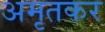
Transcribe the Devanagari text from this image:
अमृतकर